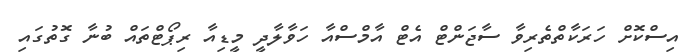
އިސްކޮށް ހަރަކާތްތެރިވާ ސާޖަންޓް އެޓް އާމްސްއާ ހަވާލާދީ މީޑިއާ ރިޕޯޓްތައް ބުނާ ގޮތުގައި